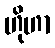
ဟိုဟာ